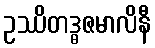
ဥဿိတဒ္ဓဇမာလိနီ